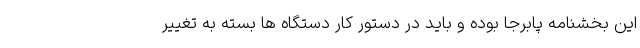
این بخشنامه پابرجا بوده و باید در دستور کار دستگاه ها بسته به تغییر